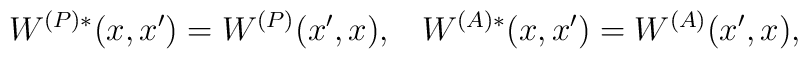
W^{(P)*}(x,x')=W^{(P)}(x',x), \;\;\; W^{(A)*}(x,x')=W^{(A)}(x',x),